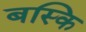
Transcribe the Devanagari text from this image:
बस्कि